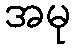
အမု